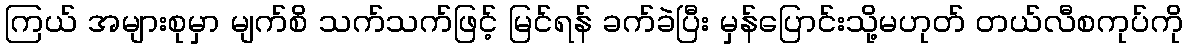
ကြယ် အများစုမှာ မျက်စိ သက်သက်ဖြင့် မြင်ရန် ခက်ခဲပြီး မှန်ပြောင်းသို့မဟုတ် တယ်လီစကုပ်ကို